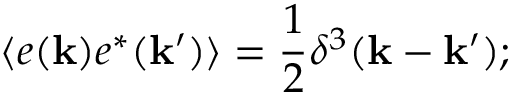
\langle e ( { \bf k } ) e ^ { * } ( { \bf k } ^ { \prime } ) \rangle = \frac { 1 } { 2 } \delta ^ { 3 } ( { \bf k - k ^ { \prime } } ) ;